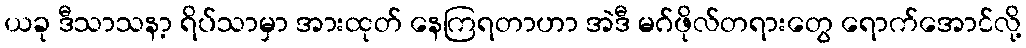
ယခု ဒီသာသနာ့ ရိပ်သာမှာ အားထုတ် နေကြရတာဟာ အဲဒီ မဂ်ဖိုလ်တရားတွေ ရောက်အောင်လို့